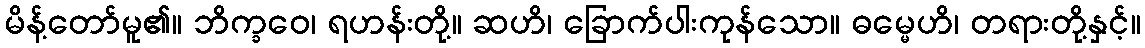
မိန့်တော်မူ၏။ ဘိက္ခဝေ၊ ရဟန်းတို့။ ဆဟိ၊ ခြောက်ပါးကုန်သော။ ဓမ္မေဟိ၊ တရားတို့နှင့်။